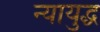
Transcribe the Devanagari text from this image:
न्यायुद्ध